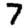
Digit: 7